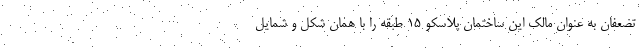
تضعفان به عنوان مالک این ساختمان پلاسکو ۱۵ طبقه را با همان شکل و شمایل